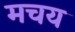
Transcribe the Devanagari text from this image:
मचय